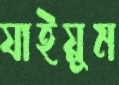
যাইয়ুম